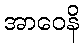
အာဝေနိ